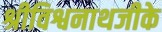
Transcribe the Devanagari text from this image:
श्रीविश्वनाथजीके